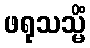
ဖရုသသ္မိံ